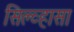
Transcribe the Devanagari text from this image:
सिल्व्हासा